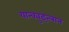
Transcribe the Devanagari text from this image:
यान्क्युइत्लान